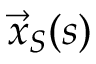
{ \vec { x } } _ { S } ( s )